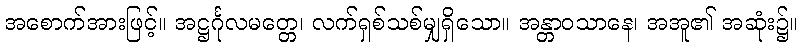
အစောက်အားဖြင့်။ အဋ္ဌင်္ဂုလမတ္တေ၊ လက်ရှစ်သစ်မျှရှိသော။ အန္တာဝသာနေ၊ အအူ၏ အဆုံး၌။